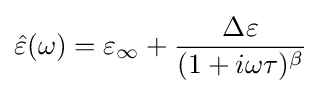
{\hat {\varepsilon }}(\omega )=\varepsilon _{\infty }+{\frac {\Delta \varepsilon }{(1+i\omega \tau )^{\beta }}}